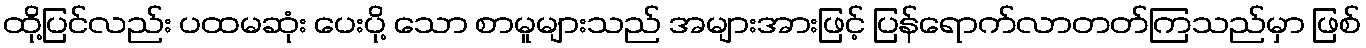
ထို့ပြင်လည်း ပထမဆုံး ပေးပို့ သော စာမူများသည် အများအားဖြင့် ပြန်ရောက်လာတတ်ကြသည်မှာ ဖြစ်